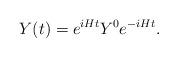
LaTeX: \begin{align*} Y(t) = e^{iHt} Y^0 e^{-iHt}.\end{align*}